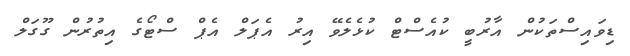
ޑިވައިސްތަކުން އާރުބީ ކުއެސްޓް ކުޅެލެވޭ އިރު އެޕަލް އެޕް ސްޓޯގެ އިތުރުން ގޫގަލް